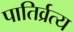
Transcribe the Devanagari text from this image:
पातिर्व्रत्य